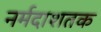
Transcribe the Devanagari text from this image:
नर्मदाशतक